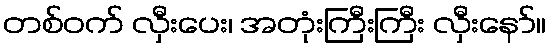
တစ်ဝက် လှီးပေး၊ အတုံးကြီးကြီး လှီးနော်။